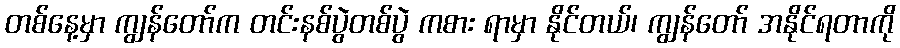
တစ်နေ့မှာ ကျွန်တော်က တင်းနစ်ပွဲတစ်ပွဲ ကစား ရာမှာ နိုင်တယ်၊ ကျွန်တော် အနိုင်ရတာကို